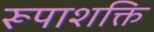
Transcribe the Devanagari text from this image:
रूपाशक्ति